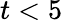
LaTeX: t<5